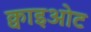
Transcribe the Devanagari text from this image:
क्वाइओट